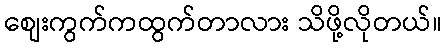
စျေးကွက်ကထွက်တာလား သိဖို့လိုတယ်။